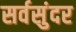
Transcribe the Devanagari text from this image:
सर्वसुंदर